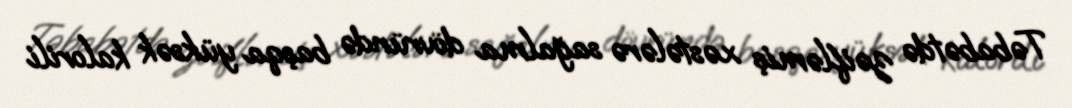
Təbabətdə zəifləmiş xəstələrə sağalma dövründə başqa yüksək kalorili